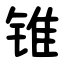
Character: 锥